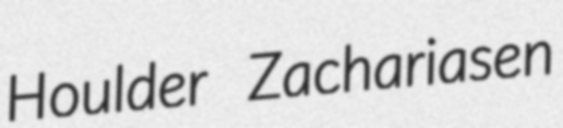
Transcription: Houlder Zachariasen